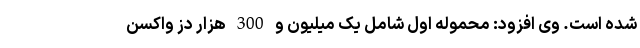
شده است. وی افزود: محموله اول شامل یک میلیون و 300 هزار دز واکسن